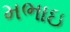
મભાઇ